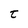
Character: t